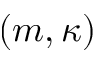
( m , \kappa )